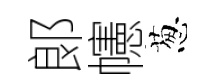
郞幰葱